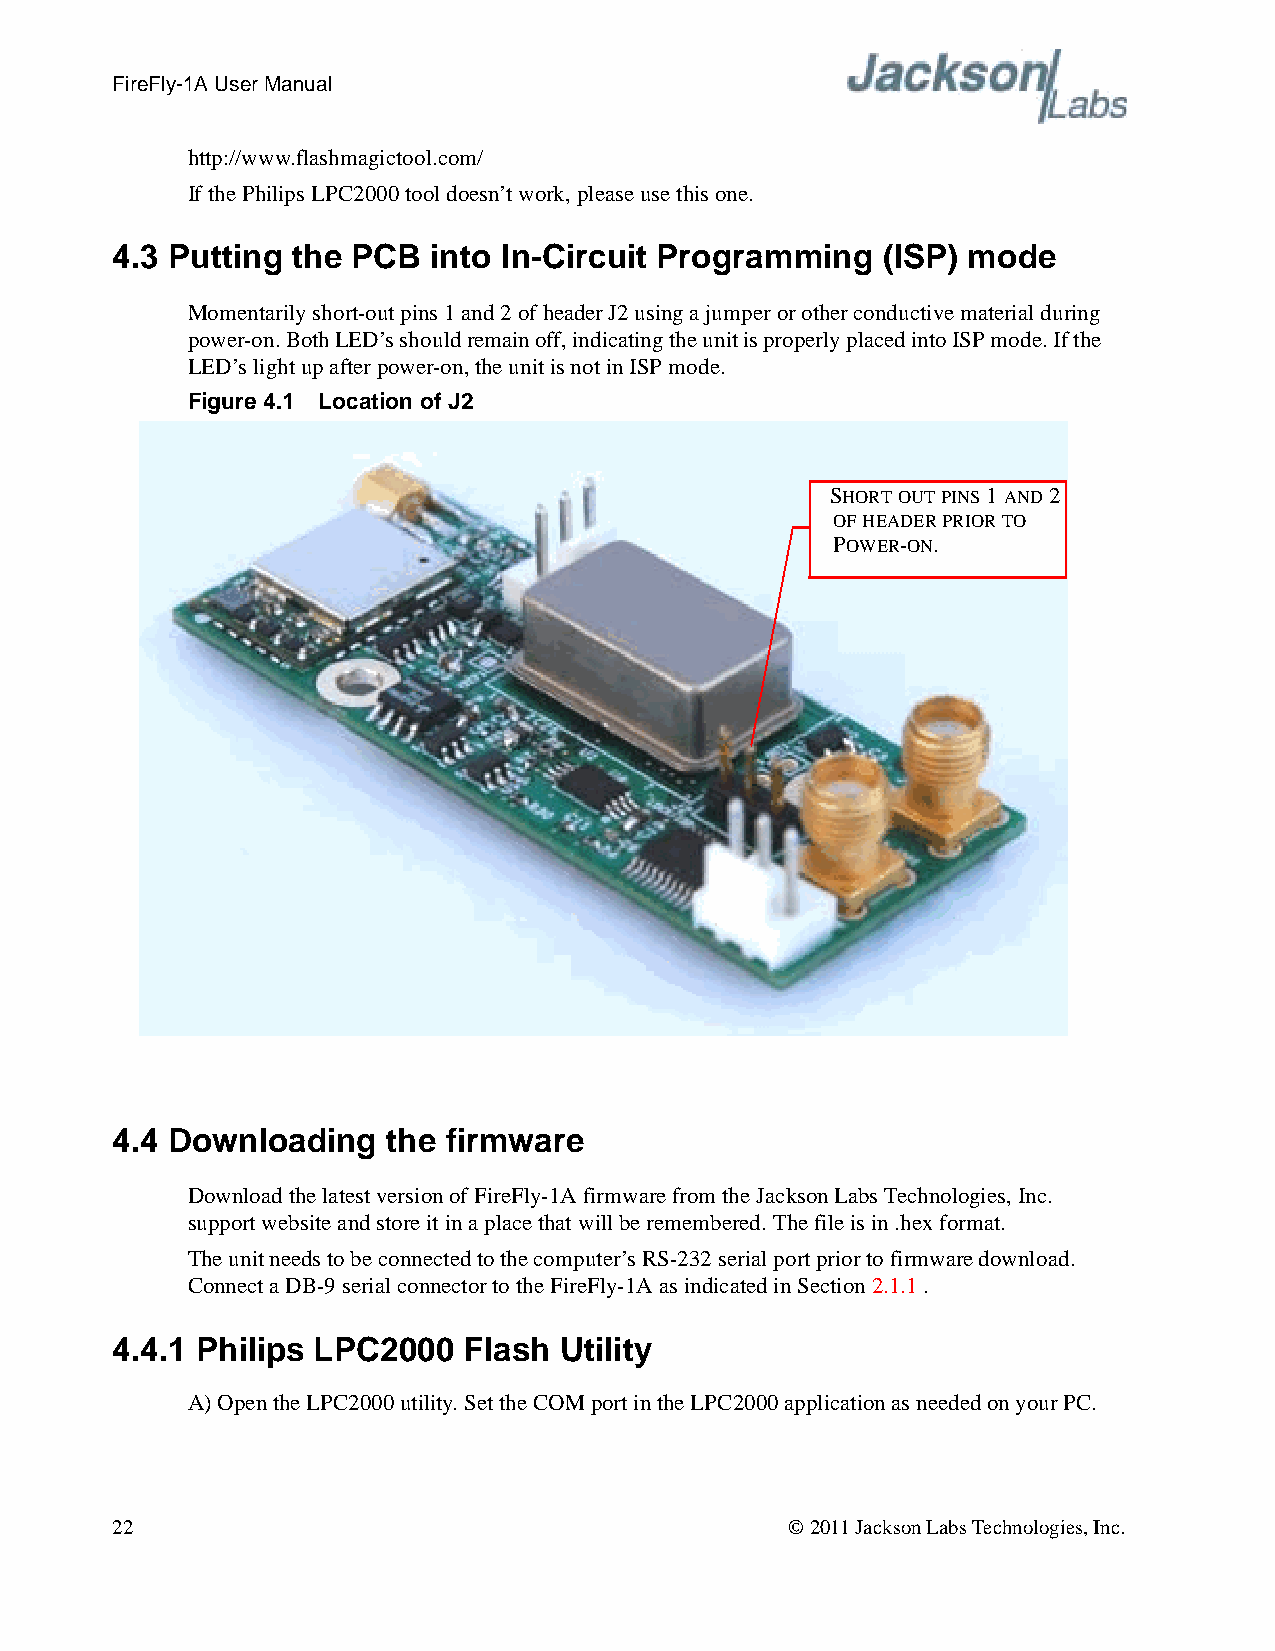
FireFly-1A User Manual
 http://www.flashmagictool.com/
 If the Philips LPC2000 tool doesn’t work, please use this one.
 4.3 Putting the PCB   into In-Circuit Programming  (ISP) mode
 Momentarily short-out pins 1 and 2 of header J2 using a jumper or other conductive material during
 power-on. Both LED’s should remain off, indicating the unit is properly placed into ISP mode. If the
 LED’s light up after power-on, the unit is not in ISP mode.
 Figure 4.1 Location of J2
 SHORT OUT PINS 1 AND 2
 OF HEADER PRIOR TO
 POWER-ON.
 4.4 Downloading    the firmware
 Download the latest version of FireFly-1A firmware from the Jackson Labs Technologies, Inc.
 support website and store it in a place that will be remembered. The file is in .hex format.
 The unit needs to be connected to the computer’s RS-232 serial port prior to firmware download.
 Connect a DB-9 serial connector to the FireFly-1A as indicated in Section 2.1.1.
 4.4.1 Philips LPC2000   Flash Utility
 A) Open the LPC2000 utility. Set the COM port in the LPC2000 application as needed on your PC.
 22                                           © 2011 Jackson Labs Technologies, Inc.